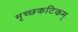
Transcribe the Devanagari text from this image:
मृच्छकटिकम्‌